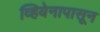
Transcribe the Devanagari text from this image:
व्हियेनापासून